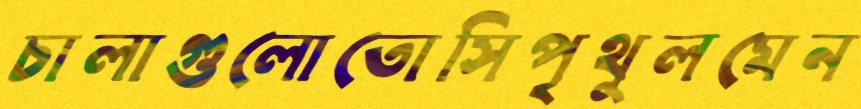
চালাগুলোতোসিপৃথুলমেন